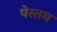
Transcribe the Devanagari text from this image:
पेस्तम